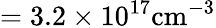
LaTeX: \mathrm{=3.2\times 10^{17}cm^{-3}}